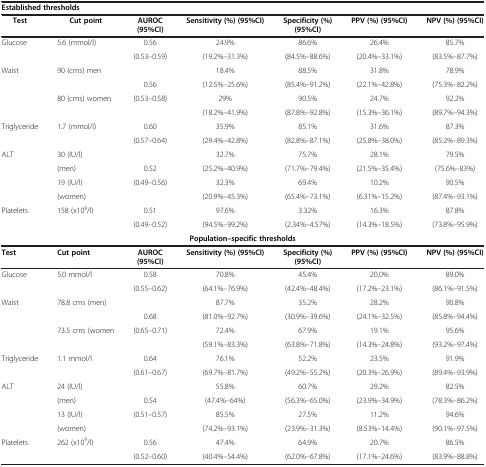
<table><thead><tr><td><b>Established thresholds</b></td><td><b> </b></td><td><b> </b></td><td><b> </b></td><td><b> </b></td><td><b> </b></td><td><b> </b></td></tr><tr><td><b>Test</b></td><td><b>Cut point</b></td><td><b>AUROC (95%CI)</b></td><td><b>Sensitivity (%) (95%CI)</b></td><td><b>Specificity (%)(95%CI)</b></td><td><b>PPV (%) (95%CI)</b></td><td><b>NPV (%) (95%CI)</b></td></tr></thead><tbody><tr><td rowspan="2">Glucose</td><td rowspan="2">5.6 (mmol/l)</td><td>0.56</td><td>24.9%</td><td>86.6%</td><td>26.4%</td><td>85.7%</td></tr><tr><td>(0.53–0.59)</td><td>(19.2%–31.3%)</td><td>(84.5%–88.6%)</td><td>(20.4%–33.1%)</td><td>(83.5%–87.7%)</td></tr><tr><td rowspan="4">Waist</td><td rowspan="2">90 (cms) men</td><td> </td><td>18.4%</td><td>88.5%</td><td>31.8%</td><td>78.9%</td></tr><tr><td>0.56</td><td>(12.5%–25.6%)</td><td>(85.4%–91.2%)</td><td>(22.1%–42.8%)</td><td>(75.3%–82.2%)</td></tr><tr><td rowspan="2">80 (cms) women</td><td rowspan="2">(0.53–0.58)</td><td>29%</td><td>90.5%</td><td>24.7%</td><td>92.2%</td></tr><tr><td>(18.2%–41.9%)</td><td>(87.8%–92.8%)</td><td>(15.3%–36.1%)</td><td>(89.7%–94.3%)</td></tr><tr><td rowspan="2">Triglyceride</td><td rowspan="2">1.7 (mmol/l)</td><td>0.60</td><td>35.9%</td><td>85.1%</td><td>31.6%</td><td>87.3%</td></tr><tr><td>(0.57–0.64)</td><td>(29.4%–42.8%)</td><td>(82.8%–87.1%)</td><td>(25.8%–38.0%)</td><td>(85.2%–89.3%)</td></tr><tr><td rowspan="4">ALT</td><td>30 (IU/l)</td><td> </td><td>32.7%</td><td>75.7%</td><td>28.1%</td><td>79.5%</td></tr><tr><td>(men)</td><td>0.52</td><td>(25.2%–40.9%)</td><td>(71.7%–79.4%)</td><td>(21.5%–35.4%)</td><td>(75.6%–83%)</td></tr><tr><td>19 (IU/l)</td><td>(0.49–0.56)</td><td>32.3%</td><td>69.4%</td><td>10.2%</td><td>90.5%</td></tr><tr><td>(women)</td><td> </td><td>(20.9%–45.3%)</td><td>(65.4%–73.1%)</td><td>(6.31%–15.2%)</td><td>(87.4%–93.1%)</td></tr><tr><td rowspan="2">Platelets</td><td rowspan="2">158 (x10<sup>9</sup>/l)</td><td>0.51</td><td>97.6%</td><td>3.32%</td><td>16.3%</td><td>87.8%</td></tr><tr><td>(0.49–0.52)</td><td>(94.5%–99.2%)</td><td>(2.34%–4.57%)</td><td>(14.3%–18.5%)</td><td>(73.8%–95.9%)</td></tr><tr><td colspan="7"><b>Population–specific thresholds</b></td></tr><tr><td><b>Test</b></td><td><b>Cut point</b></td><td><b>AUROC (95%CI)</b></td><td><b>Sensitivity (%) (95%CI)</b></td><td><b>Specificity (%) (95%CI)</b></td><td><b>PPV (%) (95%CI)</b></td><td><b>NPV (%) (95%CI)</b></td></tr><tr><td rowspan="2">Glucose</td><td rowspan="2">5.0 mmol/l</td><td>0.58</td><td>70.8%</td><td>45.4%</td><td>20.0%</td><td>89.0%</td></tr><tr><td>(0.55–0.62)</td><td>(64.1%–76.9%)</td><td>(42.4%–48.4%)</td><td>(17.2%–23.1%)</td><td>(86.1%–91.5%)</td></tr><tr><td rowspan="4">Waist</td><td rowspan="2">78.8 cms (men)</td><td> </td><td>87.7%</td><td>35.2%</td><td>28.2%</td><td>90.8%</td></tr><tr><td>0.68</td><td>(81.0%–92.7%)</td><td>(30.9%–39.6%)</td><td>(24.1%–32.5%)</td><td>(85.8%–94.4%)</td></tr><tr><td rowspan="2">73.5 cms (women</td><td rowspan="2">(0.65–0.71)</td><td>72.4%</td><td>67.9%</td><td>19.1%</td><td>95.6%</td></tr><tr><td>(59.1%–83.3%)</td><td>(63.8%–71.8%)</td><td>(14.3%–24.8%)</td><td>(93.2%–97.4%)</td></tr><tr><td rowspan="2">Triglyceride</td><td rowspan="2">1.1 mmol/l</td><td>0.64</td><td>76.1%</td><td>52.2%</td><td>23.5%</td><td>91.9%</td></tr><tr><td>(0.61–0.67)</td><td>(69.7%–81.7%)</td><td>(49.2%–55.2%)</td><td>(20.3%–26.9%)</td><td>(89.4%–93.9%)</td></tr><tr><td rowspan="4">ALT</td><td>24 (IU/l)</td><td> </td><td>55.8%</td><td>60.7%</td><td>29.2%</td><td>82.5%</td></tr><tr><td>(men)</td><td>0.54</td><td>(47.4%–64%)</td><td>(56.3%–65.0%)</td><td>(23.9%–34.9%)</td><td>(78.3%–86.2%)</td></tr><tr><td>13 (IU/l)</td><td rowspan="2">(0.51–0.57)</td><td>85.5%</td><td>27.5%</td><td>11.2%</td><td>94.6%</td></tr><tr><td>(women)</td><td>(74.2%–93.1%)</td><td>(23.9%–31.3%)</td><td>(8.53%–14.4%)</td><td>(90.1%–97.5%)</td></tr><tr><td>Platelets</td><td>262 (x10<sup>9</sup>/l)</td><td>0.56</td><td>47.4%</td><td>64.9%</td><td>20.7%</td><td>86.5%</td></tr><tr><td> </td><td> </td><td>(0.52–0.60)</td><td>(40.4%–54.4%)</td><td>(62.0%–67.8%)</td><td>(17.1%–24.6%)</td><td>(83.9%–88.8%)</td></tr></tbody></table>